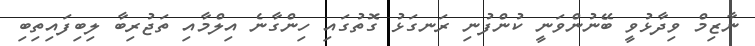
ނާޒިމް ވިދާޅުވީ ބޭނުންވަނީ ކުންފުނި ރަނގަޅު ގޮތުގައި ހިންގާނެ އިލްމާއި ތަޖުރިބާ ލިބިފައިތިބި